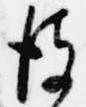
彼